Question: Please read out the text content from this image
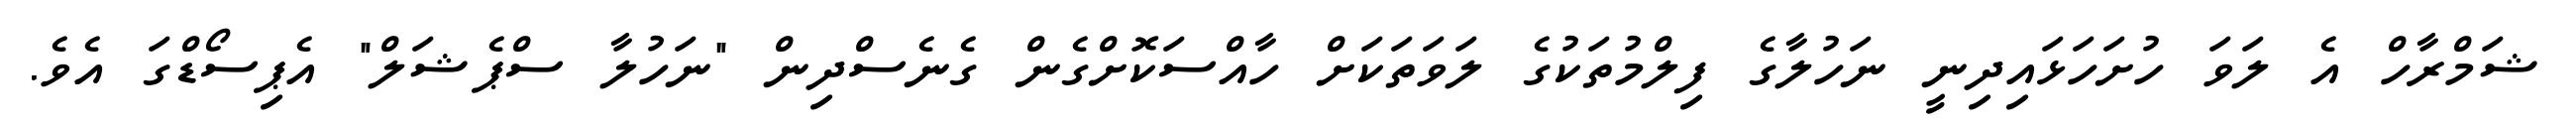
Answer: ޝަމްރާހް އެ ލަވަ ހުށަހަޅައިދިނީ ނަހުލާގެ ފިލްމުތަކުގެ ލަވަތަކަށް ހާއްސަކޮށްގެން ގެނެސްދިން "ނަހުލާ ސްޕެޝަލް" އެޕިސޯޑްގަ އެވެ.